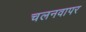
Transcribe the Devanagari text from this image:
चलनवापर